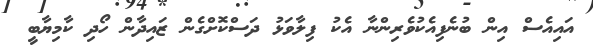
އައިއެސް އިން ބުނެފިއެކުވެރިންނާ އެކު ފިލާވަޅު ދަސްކޮށްގެން ޒައިދާން ހޯދި ކާމިޔާބީ